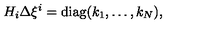
H _ { i } \Delta \xi ^ { i } = \mathrm { d i a g } ( k _ { 1 } , \ldots , k _ { N } ) ,